Vaccination United Provinces of Agra and Oudh 1902-1913 - 1902-1913
Year: 1902
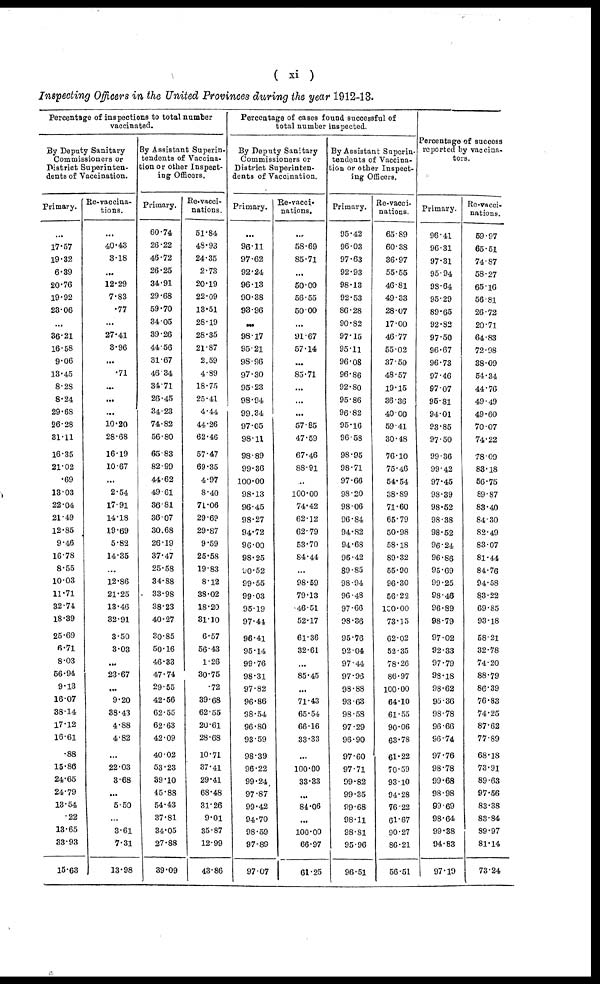
( xi )
Inspecting Officers in the United Provinces during the year 1912-13.
Percentage of inspections to total number
vaccinated.
By Deputy Sanitary
Commissioners or
District Superinten-
dents of Vaccination.
Primary.
...
17.57
19.32
6.39
20.76
19.92
23.06
...
36.21
16.58
9.06
13.45
8.28
8.24
29.68
26.28
81.11
16.35
21.02
.69
13.03
22.04
21.49
12.85
9.46
16.78
8.55
10.03
11.71
32.74
18.39
25.69
6.71
8.03
56.94
9.13
16.07
38.14
17.12
16.61
.88
15.86
24.65
24.79
13.54
.22
13.65
33.93
15.63
Re-vaccina-
tions.
...
40.43
3.18
...
12.29
7.83
.77
...
27.41
3.96
...
.71
...
...
...
10.20
28.68
16.19
10.67
...
2.54
17.91
14.18
19.69
5.82
14.35
...
12.86
21.25
13.46
32.91
3.50
3.03
...
23.67
...
9.20
38.43
4.88
4.82
...
22.03
3.68
...
5.50
...
3.61
7.31
13.98
By Assistant Superin-
tendents of Vaccina¬
tion or other Inspect-
ing Officers.
Primary.
60.74
26.22
46.72
26.25
34.91
29.68
59.70
34.05
39.26
44.56
31.67
46.34
34.71
26.45
34.23
74.82
56.80
65.83
82.99
44.62
49.61
36.81
36.07
30.68
26.19
37.47
25.58
34.88
33.98
38.23
40.27
30.85
50.16
46.33
47.74
29.55
42.56
62.55
62.63
42.09
40.02
53.23
39.10
45.88
54.43
37.81
34.05
27.88
39.09
Re-vacci¬
nations.
51.84
48.93
24.35
2.73
20.19
22.09
13.51
28.19
28.35
21.87
2.59
4.89
18.75
25.41
4.44
44.26
62.46
57.47
69.35
4.97
8.40
71.06
29.69
29.87
9.59
25.58
19.83
8.12
38.02
18.20
31.10
6.57
56.43
1.26
30.75
.72
39.68
62.55
20.61
28.68
10.71
37.41
29.41
68.48
31.26
9.01
35.87
12.99
43.86
Percentage of cases found successful of
total number inspected.
By Deputy Sanitary
Commissioners or
District Superinten-
dents of Vaccination.
Primary.
...
96.11
97.62
92.24
96.13
90.38
93.96
...
98.17
95.21
98.96
97.30
95.23
98.94
99.34
97.05
98.11
98.89
99.36
100.00
98.13
96.45
98.27
94.72
96.00
98.25
90.52
99.55
99.03
95.19
97.44
96.41
95.14
99.76
98.31
97.82
96.86
98.54
96.80
93.59
98.39
96.22
99.24
97.87
99.42
94.70
98.59
97.89
97.07
Re-vacci-
nations.
...
58.69
85.71
...
50.00
56.55
50.00
...
91.67
57.14
...
85.71
...
...
...
57.85
47.59
67.46
88.91
...
100.00
74.42
62.12
62.79
53.70
84.44
...
98.59
79.13
46.51
52.17
61.36
32.61
...
85.45
...
71.43
65.54
66.16
33.33
...
100.00
33.33
...
84.06
...
100.00
66.97
61.25
By Assistant Superin-
tendents of Vaccina¬
tion or other Inspect-
ing Officers.
Primary.
95.42
96.03
97.63
92.93
98.13
92.53
86.28
90.82
97.15
95.11
96.08
96.86
92.80
95.86
96.82
95.16
96.58
98.95
98.71
97.66
98.20
98.06
96.84
94.82
94.68
96.42
89.85
98.94
96.48
97.66
98.36
95.76
92.04
97.44
97.93
98.88
93.63
98.58
97.29
96.90
97.60
97.71
99.82
99.35
99.68
98.11
98.81
95.96
96.51
Re-vacci¬
nations.
65.89
60.38
36.97
55.55
46.81
49.33
28.07
17.00
46.77
55.02
37.50
48.57
19.15
36.36
40.00
59.41
30.48
76.10
75.46
54.54
38.89
71.60
65.79
50.98
58.18
89.32
55.90
96.30
56.22
100.00
73.15
62.02
52.35
78.26
86.97
100.00
64.10
61.55
90.06
63.78
61.22
70.59
93.10
94.28
76.22
61.67
90.27
86.21
56.51
Percentage of success
reported by vaccina-
tors.
Primary.
96.41
96.31
97.31
95 94
98.64
95.29
89.65
92.82
97.50
96.67
96.73
97.46
97.07
95.81
94.01
93.85
97.50
99.36
99.42
97.45
98.39
98.52
98.38
98.52
96.24
96.86
95.69
99.25
98.46
96.89
98.79
97.02
92.33
97.79
98.18
98.62
95.36
98.78
96.66
96.74
97.76
98.78
99.68
98.98
99.69
98.64
99.38
94.83
97.19
Re-vacci¬
nations.
59.97
65.51
74.87
58.27
65.16
56.81
26.72
20.71
64.83
72.98
38.09
54.34
44.76
49.49
49.60
70.07
74.22
78.09
83.18
56.75
89.87
83.40
84.30
82.49
83.07
81.44
84.76
94.58
83.22
69.85
93.18
58.21
32.78
74.20
88.79
86.39
76.83
74.25
87.62
77.89
68.18
73.91
89.63
97.56
83.38
83.84
89.97
81.14
73.24